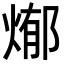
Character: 𭵊